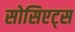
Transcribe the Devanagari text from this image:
सोसिएट्स